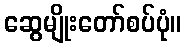
ဆွေမျိုးတော်စပ်ပုံ။